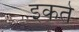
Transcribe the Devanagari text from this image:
इकते